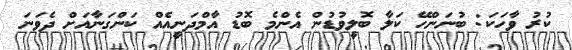
ކުރު ވާހަކަ: ބުނަންހޭ ކަލާ ބޮލީވުޑުން އެންމެ ބޮޑު އާމްދަނީއެއް ކަންގަނާއަށް ދެވަނަ